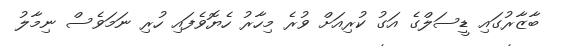
ބާޒާރުގައި ޑީސަލްގެ އަގު ކުރިއަށް ވުރެ މިހާރު ހެޔޮވެފައި ހުރި ނަމަވެސް ނިމާލު